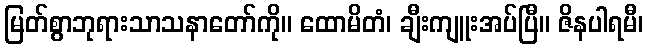
မြတ်စွာဘုရားသာသနာတော်ကို။ ထောမိတံ၊ ချီးကျူးအပ်ပြီ။ ဇိနပါရမီ၊